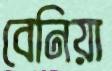
বেনিয়া